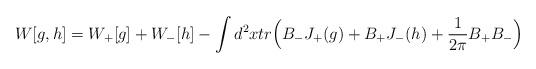
LaTeX: \begin{align*}W[g, h]=W_+[g]+W_-[h] -\int d^2x tr\Big(B_-J_+(g)+B_+J_-(h)+\frac{1}{2\pi}B_+B_-\Big)\end{align*}